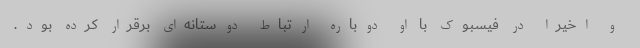
و اخیرا در فیسبوک با او دوباره ارتباط دوستانه‌ای برقرار کرده بود.